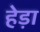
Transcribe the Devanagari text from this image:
हेड़ा